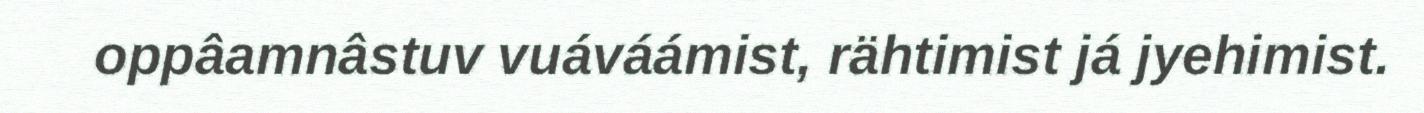
oppâamnâstuv vuáváámist, rähtimist já jyehimist.